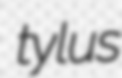
tylus